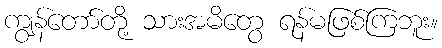
ကျွန်တော်တို့ သားအမိတွေ ရန်မဖြစ်ကြဘူး။